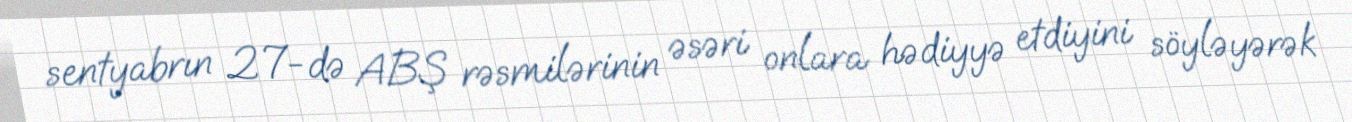
sentyabrın 27-də ABŞ rəsmilərinin əsəri onlara hədiyyə etdiyini söyləyərək